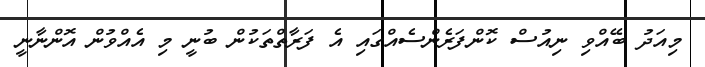
މިއަދު ބޭއްވި ނިއުސް ކޮންފަރެންސެއްގައި އެ ފަރާތްތަކުން ބުނީ މި އެއްވުން އޮންނާނީ